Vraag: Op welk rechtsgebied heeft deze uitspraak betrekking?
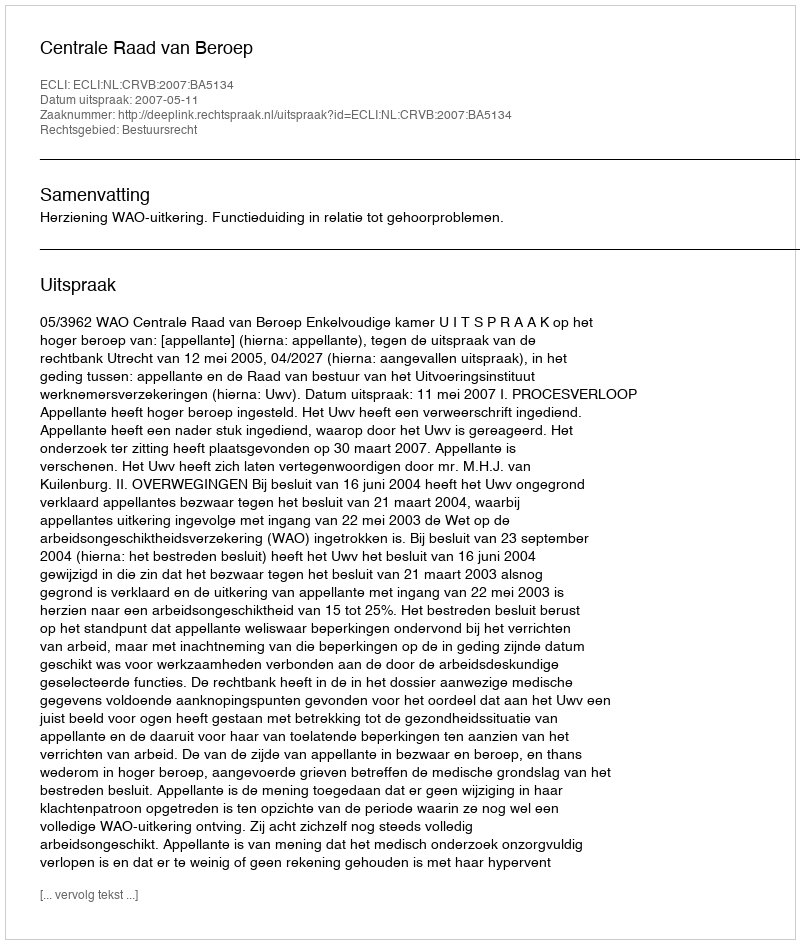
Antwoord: Bestuursrecht